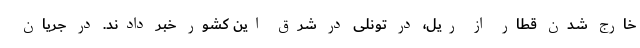
خارج شدن قطار از ریل، در تونلی در شرق این کشور خبر دادند. در جریان